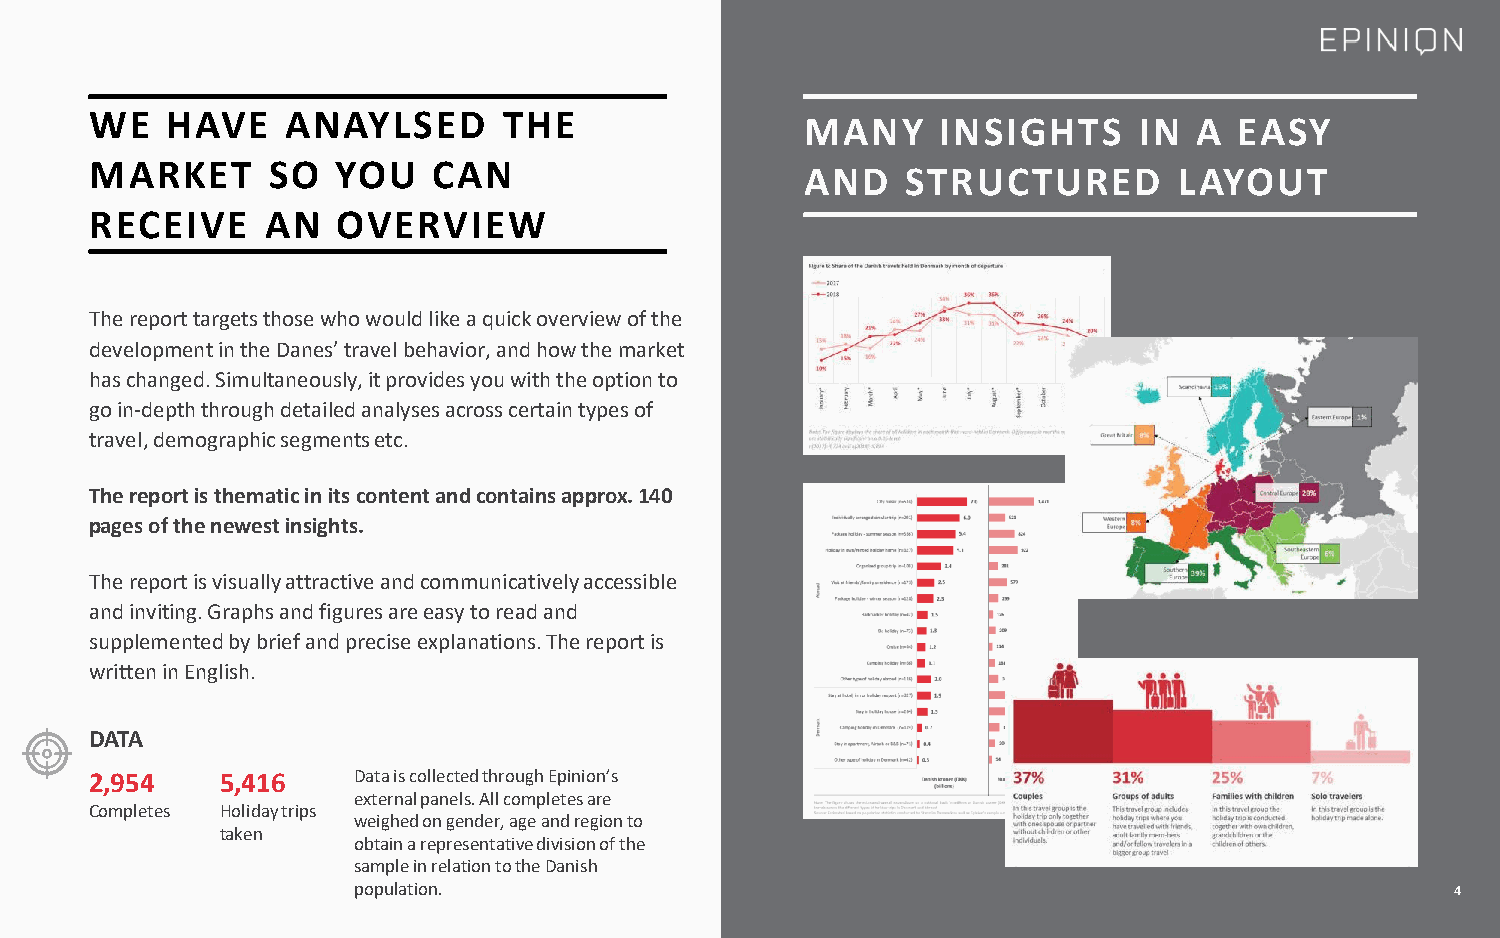
WE   HAVE    ANAYLSED      THE
 MANY     INSIGHTS     IN  A  EASY
 MARKET      SO  YOU    CAN
 AND    STRUCTURED        LAYOUT
 RECEIVE     AN  OVERVIEW
 The report targets those who would like a quick overview of the
 development in the Danes’ travel behavior, and how the market
 has changed. Simultaneously, it provides you with the option to
 go in-depth through detailed analyses across certain types of
 travel, demographic segments etc.
 The report is thematic in its content and contains approx. 140
 pages of the newest insights.
 The report is visually attractive and communicatively accessible
 and inviting. Graphs and figures are easy to read and
 supplemented by brief and precise explanations. The report is
 written in English.
 DATA
 2,954    5,416   Data is collected through Epinion’s
 external panels. All completes are
 Completes Holiday trips
 weighed on gender, age and region to
 taken
 obtain a representative division of the
 sample in relation to the Danish
 population.                                                              4